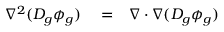
\begin{array} { r l r } { \nabla ^ { 2 } ( D _ { g } \phi _ { g } ) } & { { } = } & { \nabla \cdot \nabla ( D _ { g } \phi _ { g } ) } \end{array}